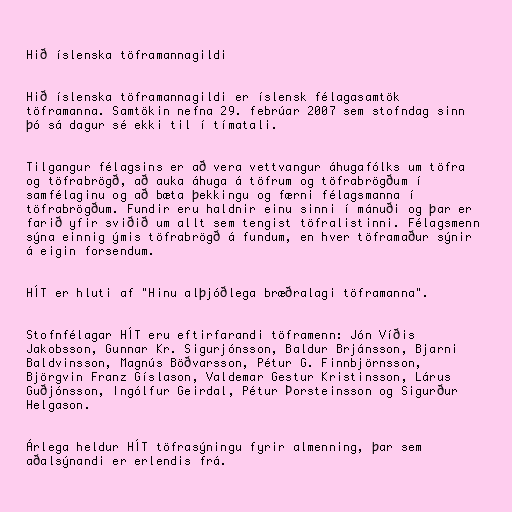
Hið íslenska töframannagildi

Hið íslenska töframannagildi er íslensk félagasamtök
töframanna. Samtökin nefna 29. febrúar 2007 sem stofndag sinn
þó sá dagur sé ekki til í tímatali.

Tilgangur félagsins er að vera vettvangur áhugafólks um töfra
og töfrabrögð, að auka áhuga á töfrum og töfrabrögðum í
samfélaginu og að bæta þekkingu og færni félagsmanna í
töfrabrögðum. Fundir eru haldnir einu sinni í mánuði og þar er
farið yfir sviðið um allt sem tengist töfralistinni. Félagsmenn
sýna einnig ýmis töfrabrögð á fundum, en hver töframaður sýnir
á eigin forsendum.

HÍT er hluti af "Hinu alþjóðlega bræðralagi töframanna".

Stofnfélagar HÍT eru eftirfarandi töframenn: Jón Víðis
Jakobsson, Gunnar Kr. Sigurjónsson, Baldur Brjánsson, Bjarni
Baldvinsson, Magnús Böðvarsson, Pétur G. Finnbjörnsson,
Björgvin Franz Gíslason, Valdemar Gestur Kristinsson, Lárus
Guðjónsson, Ingólfur Geirdal, Pétur Þorsteinsson og Sigurður
Helgason.

Árlega heldur HÍT töfrasýningu fyrir almenning, þar sem
aðalsýnandi er erlendis frá.